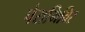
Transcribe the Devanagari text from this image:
पेरामिविर